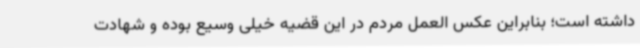
داشته است؛ بنابراین عکس العمل مردم در این قضیه خیلی وسیع بوده و شهادت